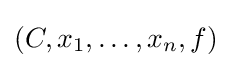
(C,x_{1},\ldots ,x_{n},f)